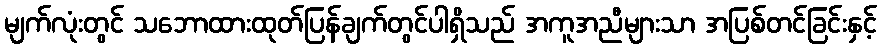
မျက်လုံးတွင် သဘောထားထုတ်ပြန်ချက်တွင်ပါရှိသည် အကူအညီများသာ အပြစ်တင်ခြင်းနှင့်